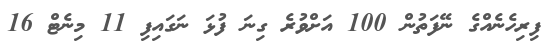
ފިރިހެނެއްގެ ނޭފަތުން 100 އަށްވުރެ ގިނަ ފުޅަ ނަގައިފި 11 މިނެޓް 16